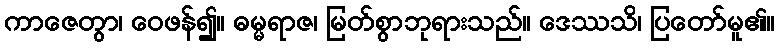
ကာဇေတွာ၊ ဝေဖန်၍။ ဓမ္မရာဇ၊ မြတ်စွာဘုရားသည်။ ဒေဿသိ၊ ပြတော်မူ၏။